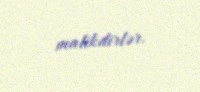
malikdirlər.